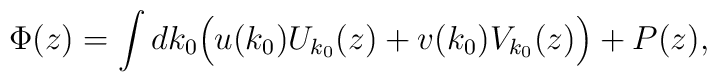
\Phi(z)=\int dk_0\Bigl(u(k_0)U_{k_0}(z)+v(k_0)V_{k_0}(z)\Bigr)+P(z),